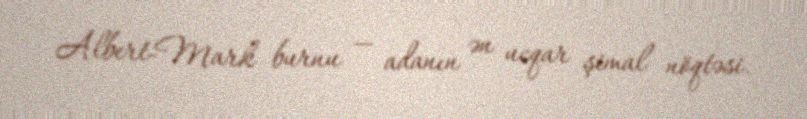
Albert-Mark burnu — adanın ən ucqar şimal nöqtəsi.